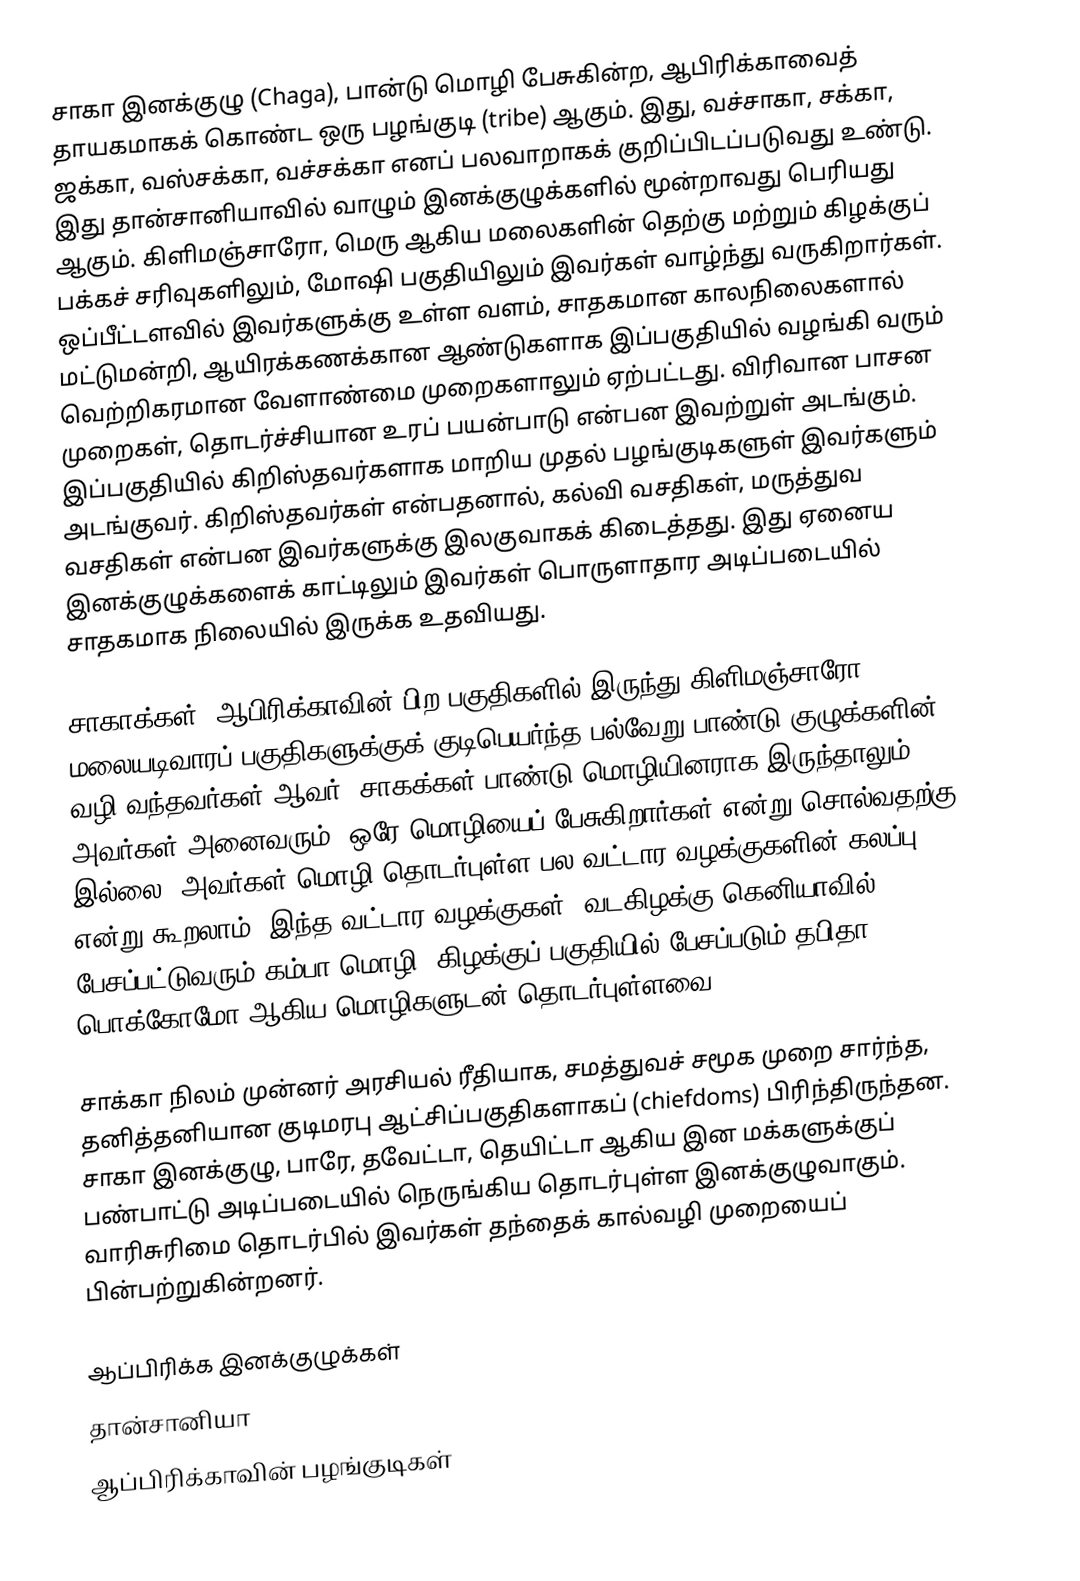
சாகா இனக்குழு (Chaga), பான்டு மொழி பேசுகின்ற, ஆபிரிக்காவைத் தாயகமாகக் கொண்ட ஒரு பழங்குடி (tribe) ஆகும். இது, வச்சாகா, சக்கா, ஜக்கா, வஸ்சக்கா, வச்சக்கா எனப் பலவாறாகக் குறிப்பிடப்படுவது உண்டு. இது தான்சானியாவில் வாழும் இனக்குழுக்களில் மூன்றாவது பெரியது ஆகும். கிளிமஞ்சாரோ, மெரு ஆகிய மலைகளின் தெற்கு மற்றும் கிழக்குப் பக்கச் சரிவுகளிலும், மோஷி பகுதியிலும் இவர்கள் வாழ்ந்து வருகிறார்கள். ஒப்பீட்டளவில் இவர்களுக்கு உள்ள வளம், சாதகமான காலநிலைகளால் மட்டுமன்றி, ஆயிரக்கணக்கான ஆண்டுகளாக இப்பகுதியில் வழங்கி வரும் வெற்றிகரமான வேளாண்மை முறைகளாலும் ஏற்பட்டது. விரிவான பாசன முறைகள், தொடர்ச்சியான உரப் பயன்பாடு என்பன இவற்றுள் அடங்கும். இப்பகுதியில் கிறிஸ்தவர்களாக மாறிய முதல் பழங்குடிகளுள் இவர்களும் அடங்குவர். கிறிஸ்தவர்கள் என்பதனால், கல்வி வசதிகள், மருத்துவ வசதிகள் என்பன இவர்களுக்கு இலகுவாகக் கிடைத்தது. இது ஏனைய இனக்குழுக்களைக் காட்டிலும் இவர்கள் பொருளாதார அடிப்படையில் சாதகமாக நிலையில் இருக்க உதவியது.

சாகாக்கள், ஆபிரிக்காவின் பிற பகுதிகளில் இருந்து கிளிமஞ்சாரோ மலையடிவாரப் பகுதிகளுக்குக் குடிபெயர்ந்த பல்வேறு பாண்டு குழுக்களின் வழி வந்தவர்கள் ஆவர். சாகக்கள் பாண்டு மொழியினராக இருந்தாலும், அவர்கள் அனைவரும், ஒரே மொழியைப் பேசுகிறார்கள் என்று சொல்வதற்கு இல்லை. அவர்கள் மொழி தொடர்புள்ள பல வட்டார வழக்குகளின் கலப்பு என்று கூறலாம். இந்த வட்டார வழக்குகள், வடகிழக்கு கெனியாவில் பேசப்பட்டுவரும் கம்பா மொழி, கிழக்குப் பகுதியில் பேசப்படும் தபிதா, பொக்கோமோ ஆகிய மொழிகளுடன் தொடர்புள்ளவை.

சாக்கா நிலம் முன்னர் அரசியல் ரீதியாக, சமத்துவச் சமூக முறை சார்ந்த, தனித்தனியான குடிமரபு ஆட்சிப்பகுதிகளாகப் (chiefdoms) பிரிந்திருந்தன. சாகா இனக்குழு, பாரே, தவேட்டா, தெயிட்டா ஆகிய இன மக்களுக்குப் பண்பாட்டு அடிப்படையில் நெருங்கிய தொடர்புள்ள இனக்குழுவாகும். வாரிசுரிமை தொடர்பில் இவர்கள் தந்தைக் கால்வழி முறையைப் பின்பற்றுகின்றனர்.

ஆப்பிரிக்க இனக்குழுக்கள்
தான்சானியா
ஆப்பிரிக்காவின் பழங்குடிகள்